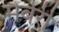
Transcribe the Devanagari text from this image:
मेबेरी